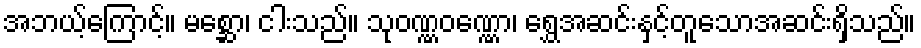
အဘယ့်ကြောင့်။ မစ္ဆော၊ ငါးသည်။ သုဝဏ္ဏဝဏ္ဏော၊ ရွှေအဆင်းနှင့်တူသောအဆင်းရှိသည်။